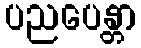
ပညပေန္တာ